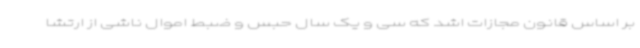
بر اساس قانون مجازات اشد که سی و یک سال حبس و ضبط اموال ناشی از ارتشا